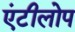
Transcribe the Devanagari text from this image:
एंटीलोप